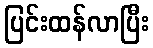
ပြင်းထန်လာပြီး